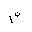
Letter: _mim